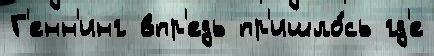
Г'енн'инг впр'едь пр'ишло́сь гд'е